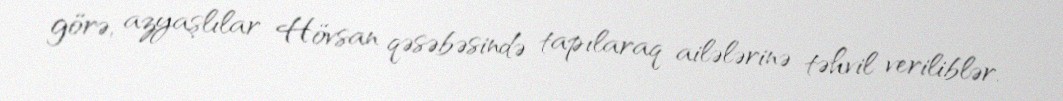
görə, azyaşlılar Hövsan qəsəbəsində tapılaraq ailələrinə təhvil veriliblər.